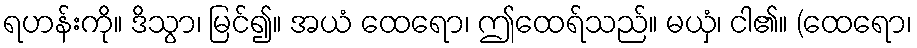
ရဟန်းကို။ ဒိသွာ၊ မြင်၍။ အယံ ထေရော၊ ဤထေရ်သည်။ မယှံ၊ ငါ၏။ (ထေရော၊